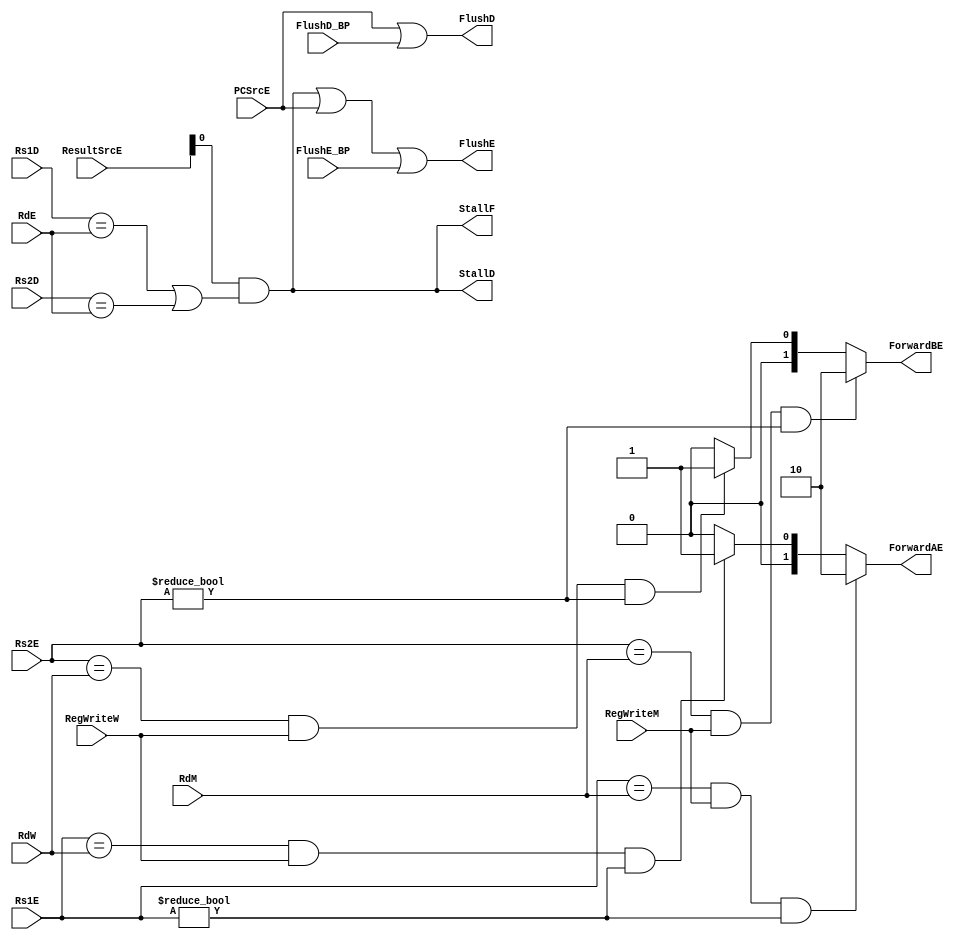
`timescale 1ps/1ps

module hazard_unit (
    input      [4:0] Rs1E,
    input      [4:0] Rs2E,
    input      [4:0] RdM,
    input      [4:0] RdW,
    input      [4:0] Rs1D,
    input      [4:0] Rs2D,
    input      [4:0] RdE,
    input      [1:0] ResultSrcE,
    input            RegWriteM,
    input            RegWriteW,
    input            PCSrcE,
    input            FlushD_BP,
    input            FlushE_BP,
    output reg       StallF,
    output reg       StallD,
    output reg       FlushE,
    output reg       FlushD,
    output reg [1:0] ForwardAE,
    output reg [1:0] ForwardBE
);
    reg lwStall;

    always @(*) begin
        if (((Rs1E == RdM) && RegWriteM) && (Rs1E != 0) ) begin
            ForwardAE = 2'b10;
        end
        else if ( ((Rs1E == RdW) && RegWriteW) && (Rs1E != 0) ) begin
            ForwardAE = 2'b01;
        end
        else begin
            ForwardAE = 2'b00;
        end
        
    end

    always @ (*) begin
        if (((Rs2E == RdM) && RegWriteM) && (Rs2E != 0) ) begin
            ForwardBE = 2'b10;
        end
        else if ( ((Rs2E == RdW) && RegWriteW) && (Rs2E != 0) ) begin
            ForwardBE = 2'b01;
        end
        else begin
            ForwardBE = 2'b00;
        end
        
    end

    always @ (*) begin
        lwStall = (ResultSrcE[0] & ((Rs1D == RdE) | (Rs2D == RdE)));
        StallD  = lwStall;
        FlushE  = lwStall | PCSrcE | FlushE_BP;
        StallF  = lwStall; 
        FlushD  = PCSrcE | FlushD_BP;
    end

endmodule